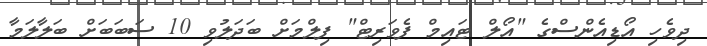
ދިވެހި އޯޑިއެންސްގެ "އޯލް ޓައިމް ފެވަރިޓް" ފިލްމަށް ބަދަލުވި 10 ސަބަބަށް ބަލާލަމާ